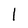
Character: l